Annual report of the Central Committee of the Association together with the report of the directors of the Pasteur Institute at Kasauli
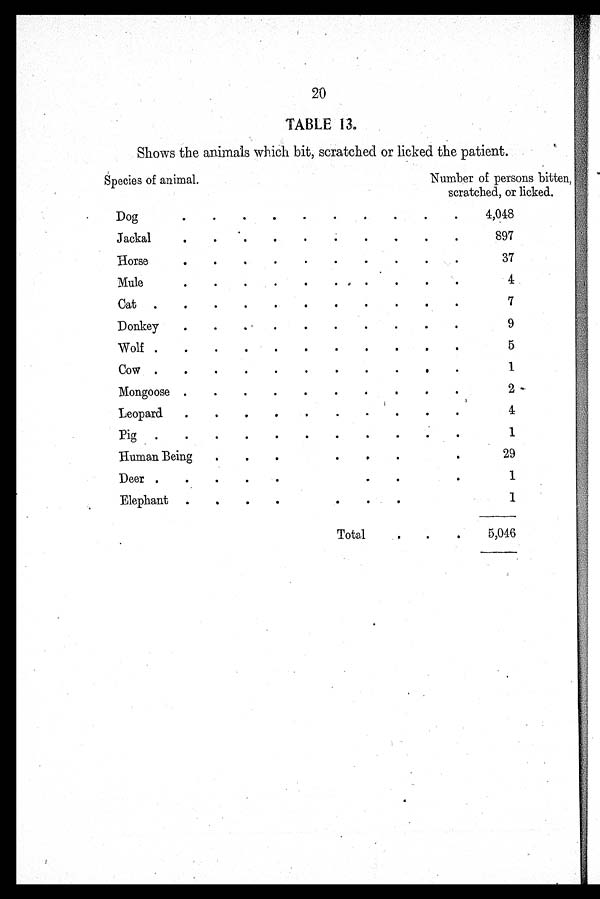
20
TABLE 13.
Shows the animals which bit, scratched or licked the patient.
Species of animal.
Number of persons bitten,
scratched, or licked.
Dog
.
.
.
.
.
.
.
.
.
.
4,048
Jackal
.
.
.
.
.
.
.
.
.
.
897
Horse
.
.
.
.
.
.
.
.
. .
.
37
Mule
.
4
Cat .
.
.
.
.
.
.
.
.
.
.
7
Donkey
.
.
9
Wolf .
.
.
.
.
.
.
.
.
.
.
5
Cow .
.
.
.
.
.
.
.
.
0
.
1
Mongoose .
.
.
.
.
.
.
,
.
.
2
Leopard
.
.
.
.
.
.
.
.
.
.
4
Pig .
.
.
.
.
.
.
.
.
.
.
1
Human Being
.
.
.
.
.
.
.
29
Deer .
.
.
.
.
.
.
.
1
Elephant .
.
.
.
.
.
.
1
Total
.
.
5,046